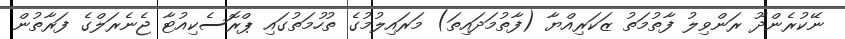
ނޭކުރެންދޫ ރަންވިލު ފާތުމަތު ޒަކަރިއްޔާ (ފާތުމަދައިތަ) މަރައިލުމުގެ ތުހުމަތުގައި ޕްރޮސެކިއުޓާ ޖެނެރަލްގެ ފަރާތުން